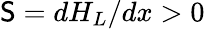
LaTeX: \mathsf{S}=dH_{L}/dx>0